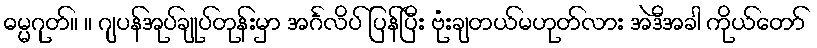
ဓမ္မဂုတ်။ ။ ဂျပန်အုပ်ချုပ်တုန်းမှာ အင်္ဂလိပ် ပြန်ပြီး ဗုံးချတယ်မဟုတ်လား အဲဒီအခါ ကိုယ်တော်